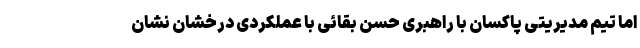
اما تیم مدیریتی پاکسان با راهبری حسن بقائی با عملکردی درخشان نشان